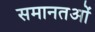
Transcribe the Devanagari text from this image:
समानतओं